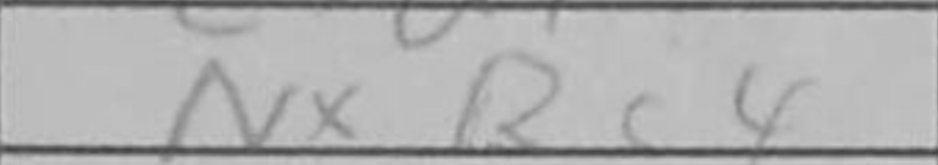
Transcription: NxRc4